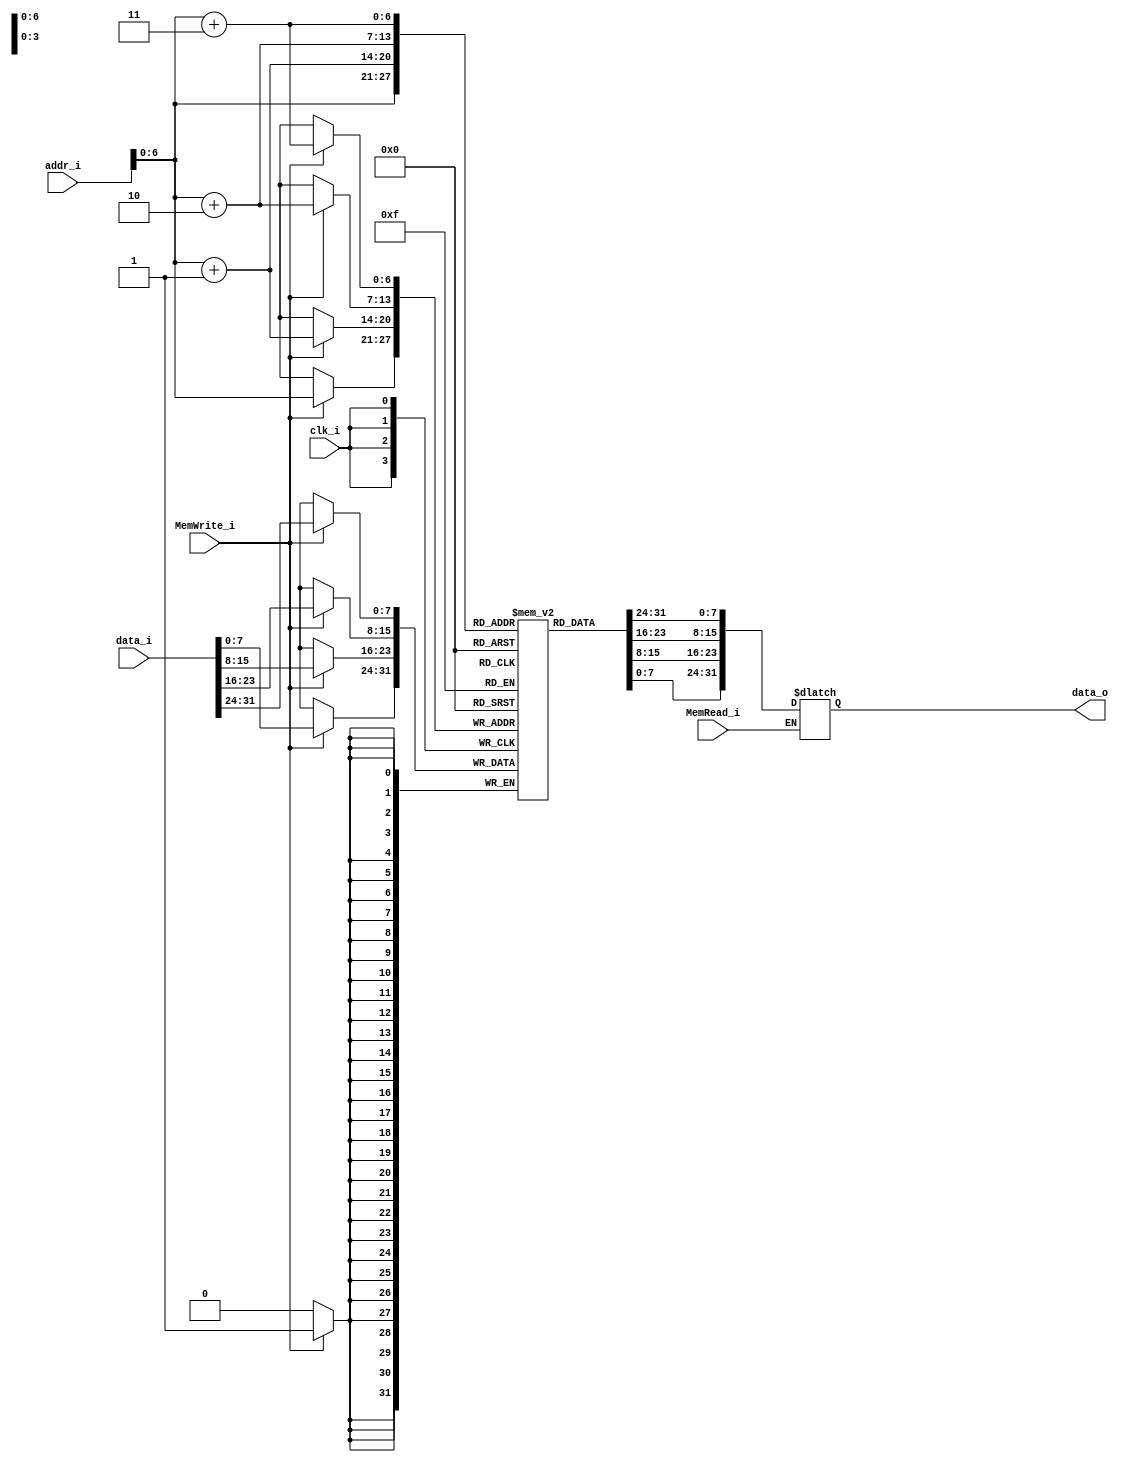
`timescale 1ns / 1ps
//////////////////////////////////////////////////////////////////////////////////
// Company: 
// Engineer: 
// 
// Design Name: 
// Module Name:    Data_Memory 
// Project Name: 
// Target Devices: 
// Tool versions: 
// Description: 
//
// Dependencies: 
//
// Revision: 
// Revision 0.01 - File Created
// Additional Comments: 
//
//////////////////////////////////////////////////////////////////////////////////
module Data_Memory
(
	clk_i,
	addr_i,
	data_i,
	MemRead_i,
	MemWrite_i,
	data_o
);

// Interface
input				clk_i;
input	[31:0]		addr_i;
input	[31:0]		data_i;
input				MemRead_i;
input				MemWrite_i;
output	[31:0] 		data_o;

// Signals
reg		[31:0]		data_o;

// Memory
reg		[7:0]		Mem 			[0:127];	// address: 0x00~0x80
integer				i;

// For Testbench to debug
wire	[31:0]		memory			[0:31];
assign  memory[0] = {Mem[3], Mem[2], Mem[1], Mem[0]};
assign  memory[1] = {Mem[7], Mem[6], Mem[5], Mem[4]};
assign  memory[2] = {Mem[11], Mem[10], Mem[9], Mem[8]};
assign  memory[3] = {Mem[15], Mem[14], Mem[13], Mem[12]};
assign  memory[4] = {Mem[19], Mem[18], Mem[17], Mem[16]};
assign  memory[5] = {Mem[23], Mem[22], Mem[21], Mem[20]};
assign  memory[6] = {Mem[27], Mem[26], Mem[25], Mem[24]};
assign  memory[7] = {Mem[31], Mem[30], Mem[29], Mem[28]};
assign  memory[8] = {Mem[35], Mem[34], Mem[33], Mem[32]};
assign  memory[9] = {Mem[39], Mem[38], Mem[37], Mem[36]};
assign  memory[10] = {Mem[43], Mem[42], Mem[41], Mem[40]};
assign  memory[11] = {Mem[47], Mem[46], Mem[45], Mem[44]};
assign  memory[12] = {Mem[51], Mem[50], Mem[49], Mem[48]};
assign  memory[13] = {Mem[55], Mem[54], Mem[53], Mem[52]};
assign  memory[14] = {Mem[59], Mem[58], Mem[57], Mem[56]};
assign  memory[15] = {Mem[63], Mem[62], Mem[61], Mem[60]};
assign  memory[16] = {Mem[67], Mem[66], Mem[65], Mem[64]};
assign  memory[17] = {Mem[71], Mem[70], Mem[69], Mem[68]};
assign  memory[18] = {Mem[75], Mem[74], Mem[73], Mem[72]};
assign  memory[19] = {Mem[79], Mem[78], Mem[77], Mem[76]};
assign  memory[20] = {Mem[83], Mem[82], Mem[81], Mem[80]};
assign  memory[21] = {Mem[87], Mem[86], Mem[85], Mem[84]};
assign  memory[22] = {Mem[91], Mem[90], Mem[89], Mem[88]};
assign  memory[23] = {Mem[95], Mem[94], Mem[93], Mem[92]};
assign  memory[24] = {Mem[99], Mem[98], Mem[97], Mem[96]};
assign  memory[25] = {Mem[103], Mem[102], Mem[101], Mem[100]};
assign  memory[26] = {Mem[107], Mem[106], Mem[105], Mem[104]};
assign  memory[27] = {Mem[111], Mem[110], Mem[109], Mem[108]};
assign  memory[28] = {Mem[115], Mem[114], Mem[113], Mem[112]};
assign  memory[29] = {Mem[119], Mem[118], Mem[117], Mem[116]};
assign  memory[30] = {Mem[123], Mem[122], Mem[121], Mem[120]};
assign  memory[31] = {Mem[127], Mem[126], Mem[125], Mem[124]};

initial begin
	for(i=0; i<128; i=i+1)
		Mem[i] = 8'b0;
		// Mem[i] = 8'b11111111;
	Mem[0] = 8'b0100;
	Mem[4] = 8'b0101;
	Mem[8] = 8'b0110;
	Mem[12] = 8'b0111;
	Mem[16] = 8'b1000;
	Mem[20] = 8'b1001;
	Mem[24] = 8'b1010;
	Mem[28] = 8'b0010;
	Mem[32] = 8'b0001;
	Mem[36] = 8'b0011;
end 

always@(posedge clk_i) begin
    if(MemWrite_i) begin
		Mem[addr_i+3] <= data_i[31:24];
		Mem[addr_i+2] <= data_i[23:16];
		Mem[addr_i+1] <= data_i[15:8];
		Mem[addr_i]   <= data_i[7:0];
	end
end

always@(addr_i or MemRead_i) begin
	if(MemRead_i)
		data_o = {Mem[addr_i+3], Mem[addr_i+2], Mem[addr_i+1], Mem[addr_i]};
end

endmodule